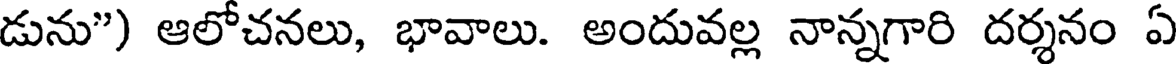
డును") ఆలోచనలు, భావాలు. అందువల్ల నాన్నగారి దర్శనం ఏ